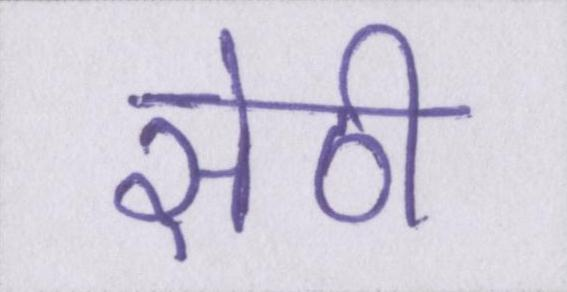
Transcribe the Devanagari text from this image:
सेठी